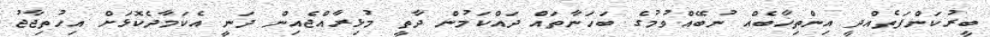
ބީރުކަންފަތެއްދީ އިންތިޚާބެއް ނުބޭއްވުމުގެ ބަހަނާތައް ދައްކަމުން ދާތީ މުޅިރާއްޖެއިން ދަނީ އެކަމާދެކޮޅަށް އިހުތިޖާޖު